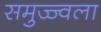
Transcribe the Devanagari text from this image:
समुज्ज्वला